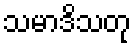
သမာဒိသတု